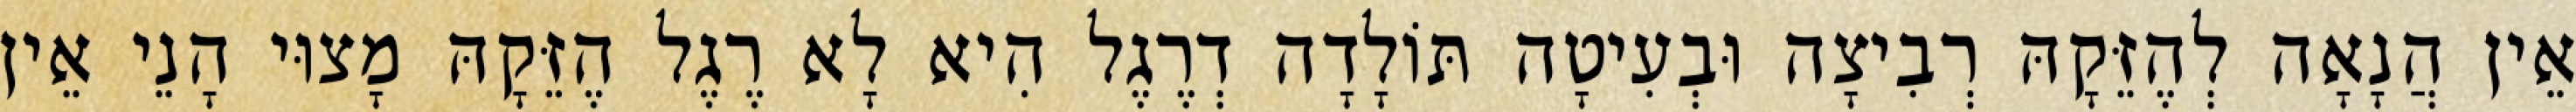
אֵין הֲנָאָה לְהֶזֵּקָהּ רְבִיצָה וּבְעִיטָה תּוֹלָדָה דְרֶגֶל הִיא לָא רֶגֶל הֶזֵּקָהּ מָצוּי הָנֵי אֵין